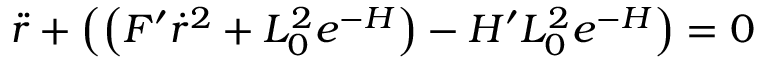
\ddot { r } + \left( \left( F ^ { \prime } \dot { r } ^ { 2 } + L _ { 0 } ^ { 2 } e ^ { - H } \right) - H ^ { \prime } L _ { 0 } ^ { 2 } e ^ { - H } \right) = 0